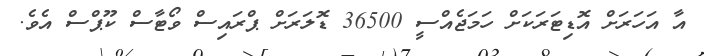
އާ އަހަރަށް އޮޑިޓަރަކަށް ހަމަޖެއްސީ 36500 ޑޮލަރަށް ޕްރައިސް ވޯޓާސް ކޫޕްސް އެވެ.